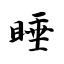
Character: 睡